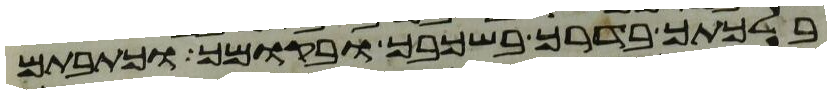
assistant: בלכתך בדרך בשכבך ובקומך וכתבתם